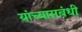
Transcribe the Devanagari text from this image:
यांच्यासबंधी